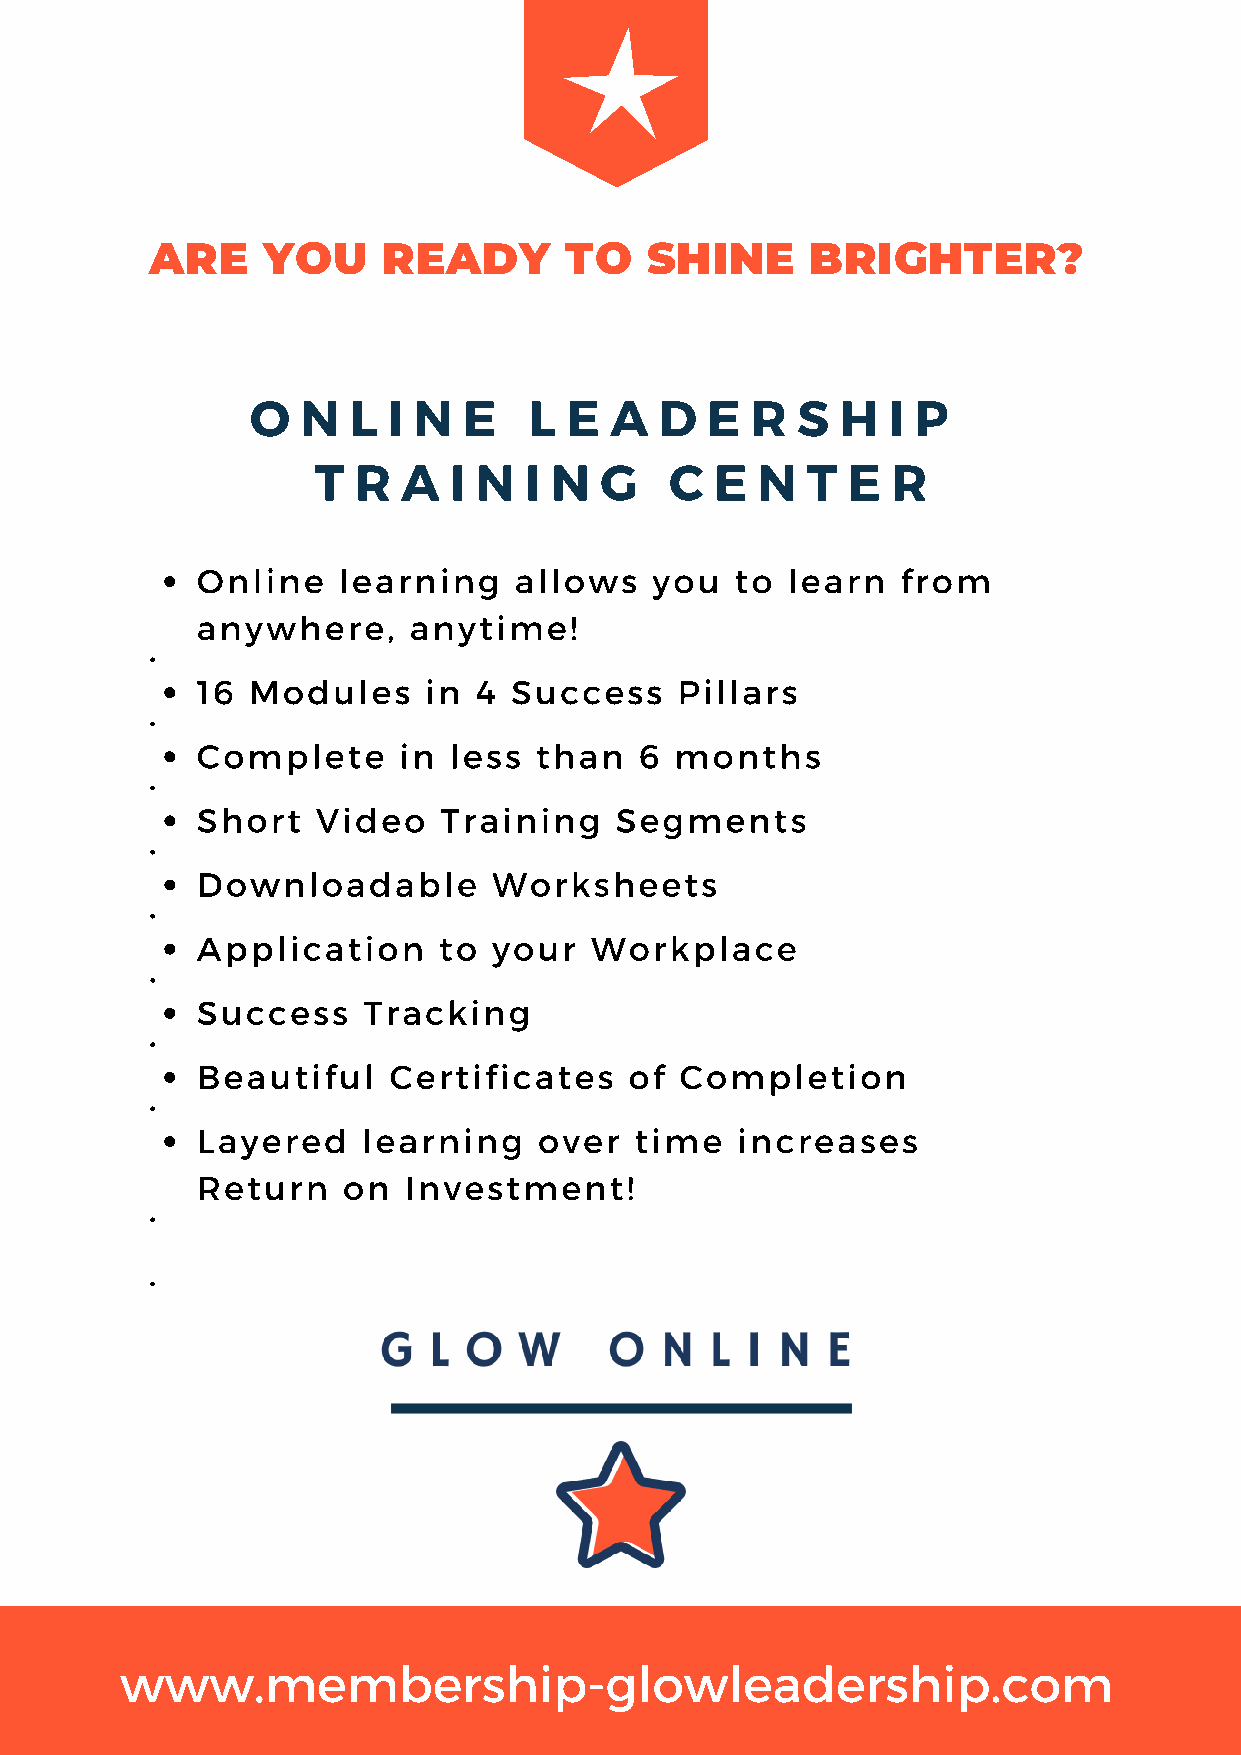
ARE    YOU     READY       TO    SHINE      BRIGHTER?
 O  N  L  I N  E   L E  A   D  E  R  S  H  I P
 T R   A  I N  I N  G   C  E  N  T  E  R
 Online   learning    allows   you   to learn   from
 anywhere,     anytime!
 16 Modules     in 4  Success    Pillars
 Complete     in  less than   6  months
 Short   Video   Training    Segments
 Downloadable        Worksheets
 Application     to  your  Workplace
 Success    Tracking
 Beautiful    Certificates    of Completion
 Layered    learning    over  time   increases
 Return    on  Investment!
 www.membership-glowleadership.com